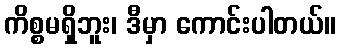
ကိစ္စမရှိဘူး၊ ဒီမှာ ကောင်းပါတယ်။